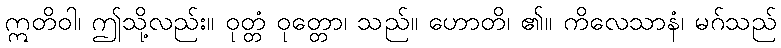
ဣတိဝါ၊ ဤသို့လည်း။ ဝုတ္တံ ဝုတ္တော၊ သည်။ ဟောတိ၊ ၏။ ကိလေသာနံ၊ မဂ်သည်